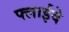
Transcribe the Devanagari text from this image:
फ्लाईवे